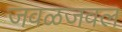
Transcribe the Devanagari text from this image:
जवळजवल